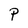
Character: p